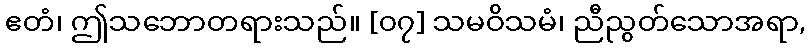
ဧတံ၊ ဤသဘောတရားသည်။ [၀၇] သမဝိသမံ၊ ညီညွတ်သောအရာ,